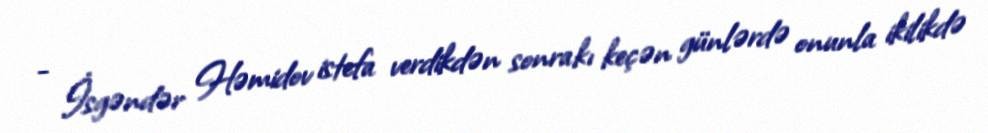
- İsgəndər Həmidov istefa verdikdən sonrakı keçən günlərdə onunla ikilikdə